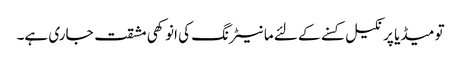
تو میڈیا پر نکیل کسنے کے لئے مانیٹرنگ کی انوکھی مشقت جاری ہے۔